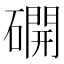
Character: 𥖆